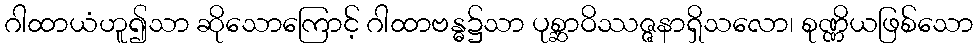
ဂါထာယံဟူ၍သာ ဆိုသောကြောင့် ဂါထာဗန္ဓ၌သာ ပုစ္ဆာဝိဿဇ္ဇနာရှိသလော၊ စုဏ္ဏိယဖြစ်သော